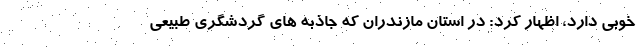
خوبی دارد، اظهار کرد: در استان مازندران که جاذبه های گردشگری طبیعی